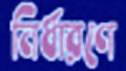
নির্ধারণে